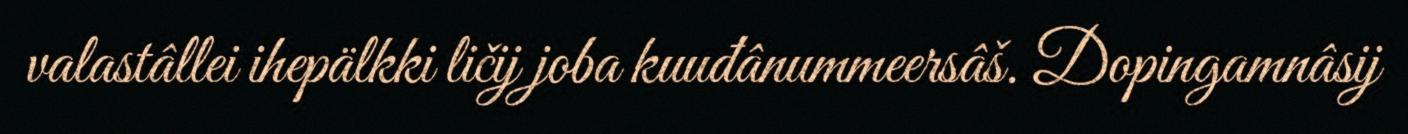
valastâllei ihepälkki ličij joba kuuđânummeersâš. Dopingamnâsij